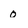
Character: 0